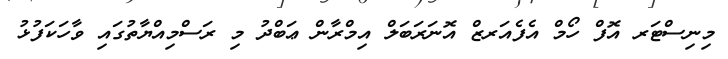
މިނިސްޓަރ އޮފް ހޯމް އެފެއަރޒް އޮނަރަބަލް އިމްރާން ޢަބްދު މި ރަސްމިއްޔާތުގައި ވާހަކަފުޅު